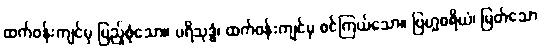
ထက်ဝန်းကျင်မှ ပြည့်စုံသော။ ပရိသုဒ္ဓံ၊ ထက်ဝန်းကျင်မှ စင်ကြယ်သော။ ဗြဟ္မစရိယံ၊ မြတ်သော